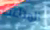
المتاعب